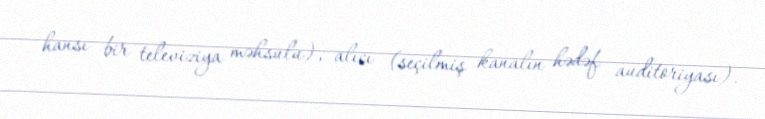
hansı bir televiziya məhsulu), alıcı (seçilmiş kanalın hədəf auditoriyası).